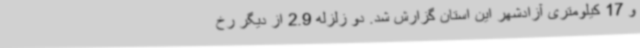
و 17 کیلومتری آزادشهر این استان گزارش شد. دو زلزله 2.9 از دیگر رخ